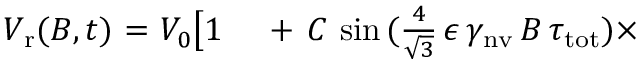
\begin{array} { r l } { V _ { \mathrm { r } } ( B , t ) ~ { = } ~ V _ { 0 } \bigl [ 1 \, } & { { } + \, C \, \sin { ( \frac { 4 } { \sqrt { 3 } } \, \epsilon \, \gamma _ { \mathrm { n v } } \, B \, \tau _ { \mathrm { t o t } } ) } \times } \end{array}